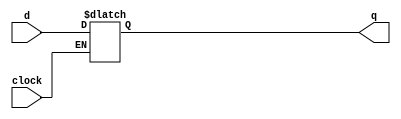
module dlatch(clock, d, q);
    input  clock, d;
    output q;
    reg    q;

    always @(clock or d) begin
        if(clock)
            q = d;
    end

endmodule